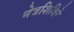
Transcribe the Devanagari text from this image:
नेत्रशिबिरे